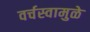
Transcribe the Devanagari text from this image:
वर्चस्वामुळे